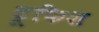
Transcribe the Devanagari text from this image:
टूफिश